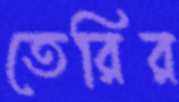
তেরির